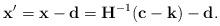
LaTeX: \begin{align*}\mathbf x' &= \mathbf x - \mathbf d = \mathbf H^{-1}(\mathbf c - \mathbf k) - \mathbf d.\end{align*}